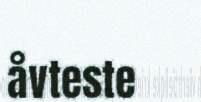
åvteste